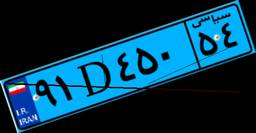
۹۱D۴۵۰۵۴